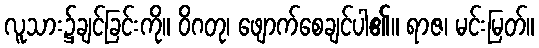
လူသား၌ချင်ခြင်းကို။ ဝိဂတု၊ ဖျောက်စေချင်ပါ၏။ ရာဇ၊ မင်းမြတ်။